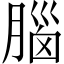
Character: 腦